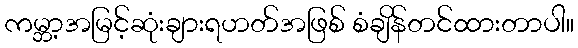
ကမ္ဘာ့အမြင့်ဆုံးချားရဟတ်အဖြစ် စံချိန်တင်ထားတာပါ။